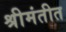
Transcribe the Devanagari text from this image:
श्रीमंतीत